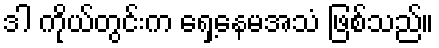
ဒါ ကိုယ်တွင်းက ရှေ့နေမအသံ ဖြစ်သည်။